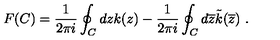
F ( C ) = \frac { 1 } { 2 \pi i } \oint _ { C } d z k ( z ) - \frac { 1 } { 2 \pi i } \oint _ { C } d \overline { { z } } \tilde { k } ( \overline { { z } } ) \ .